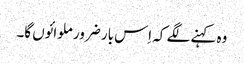
وہ کہنے لگے کہ اِس بار ضرور ملوائوں گا۔